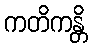
ကတိကန္တိ